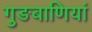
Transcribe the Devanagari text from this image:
गुङबाणियां